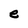
Character: e